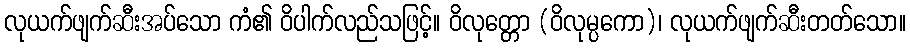
လုယက်ဖျက်ဆီးအပ်သော ကံ၏ ဝိပါက်လည်သဖြင့်။ ဝိလုတ္တော (ဝိလုမ္ပကော)၊ လုယက်ဖျက်ဆီးတတ်သော။